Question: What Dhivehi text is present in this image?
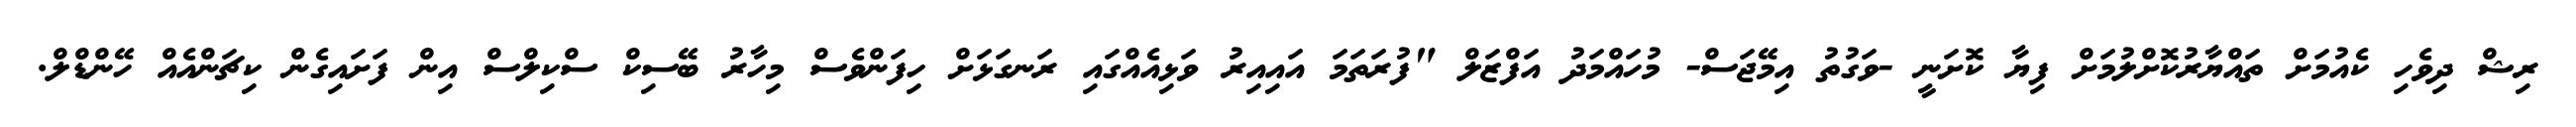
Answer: ރިޝް ދިވެހި ކެއުމަށް ތައްޔާރުކޮށްލުމަށް ފިޔާ ކޮށަނީ -ވަގުތު އިމޭޖަސް- މުހައްމަދު އަފްޒަލް "ފުރަތަމަ އައިއިރު ވަޅިއެއްގައި ރަނގަޅަށް ހިފަންވެސް މިހާރު ބޭސިކް ސްކިލްސް އިން ފަށައިގެން ކިޗަންއެއް ހޭންޑްލް.